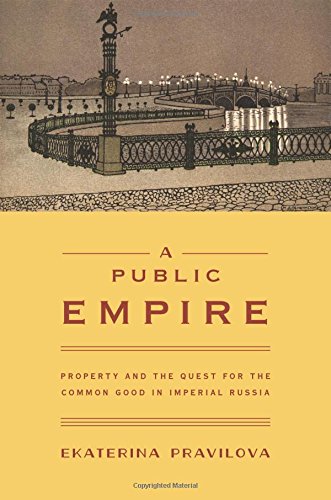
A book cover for A Public Empire: Property and the Quest for the Common Good in Imperial Russia; Ekaterina Pravilova; Law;